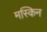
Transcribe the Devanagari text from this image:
मस्किन